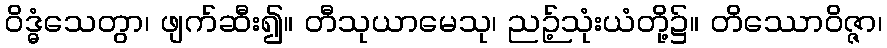
ဝိဒ္ဓံသေတွာ၊ ဖျက်ဆီး၍။ တီသုယာမေသု၊ ညဉ့်သုံးယံတို့၌။ တိဿောဝိဇ္ဇာ၊